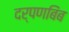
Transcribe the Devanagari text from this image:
दर्पणबिंब